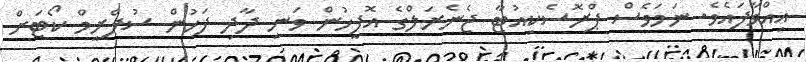
އިއްވާފައެވެ. ނަމަވެސް ޕްރޮސެކިއުޓާ ޖެނެރަލްގެ އޮފީހުން ވަނީ ދާދި ފަހުން ސުޕްރީމް ކޯޓަށް